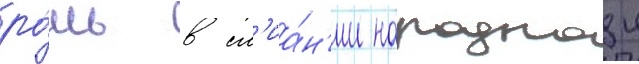
ро́ль в сл'иа́н'ии народнои